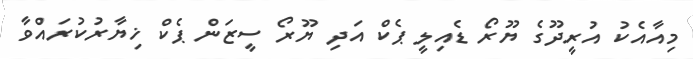
މިއާއެކު އުރީދޫގެ ޔޫރޯ ޑެއިލީ ޕެކް އަދި ޔޫރޯ ސީޒަން ޕެކް ޚިޔާރުކުރައްވާ